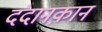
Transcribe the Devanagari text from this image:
दंदानक़ान